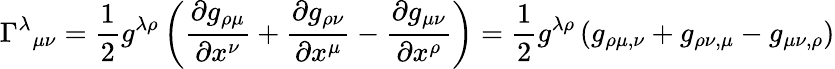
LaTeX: \Gamma^{\lambda}{}_{\mu\nu}={\frac{1}{2}}g^{\lambda\rho}\left({\frac{\partial g_{\rho\mu}}{\partial x^{\nu}}}+{\frac{\partial g_{\rho\nu}}{\partial x^{\mu}}}-{\frac{\partial g_{\mu\nu}}{\partial x^{\rho}}}\right)={\frac{1}{2}}g^{\lambda\rho}\left(g_{\rho\mu,\nu}+g_{\rho\nu,\mu}-g_{\mu\nu,\rho}\right)